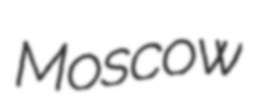
Moscow